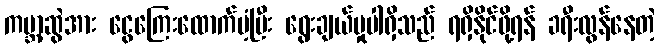
ကမ္ဘာ့ဆွဲအား ငွေကြေးထောက်ပံ့ပြီး ရွေးချယ်မှုပါရှိသည် ရရှိနိုင်ဖို့ရန် ခရီးလွန်နေတဲ့